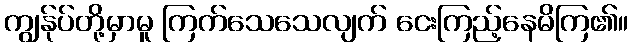
ကျွန်ုပ်တို့မှာမူ ကြက်သေသေလျက် ငေးကြည့်နေမိကြ၏။